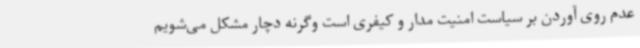
عدم روی آوردن بر سیاست امنیت مدار و کیفری است وگرنه دچار مشکل می‌شویم